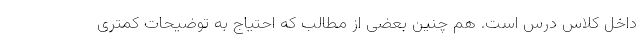
داخل کلاس درس است. هم چنین بعضی از مطالب که احتیاج به توضیحات کمتری